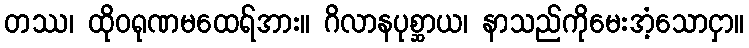
တဿ၊ ထိုဝရုဏမထေရ်အား။ ဂိလာနပုစ္ဆာယ၊ နာသည်ကိုမေးအံ့သောငှာ။